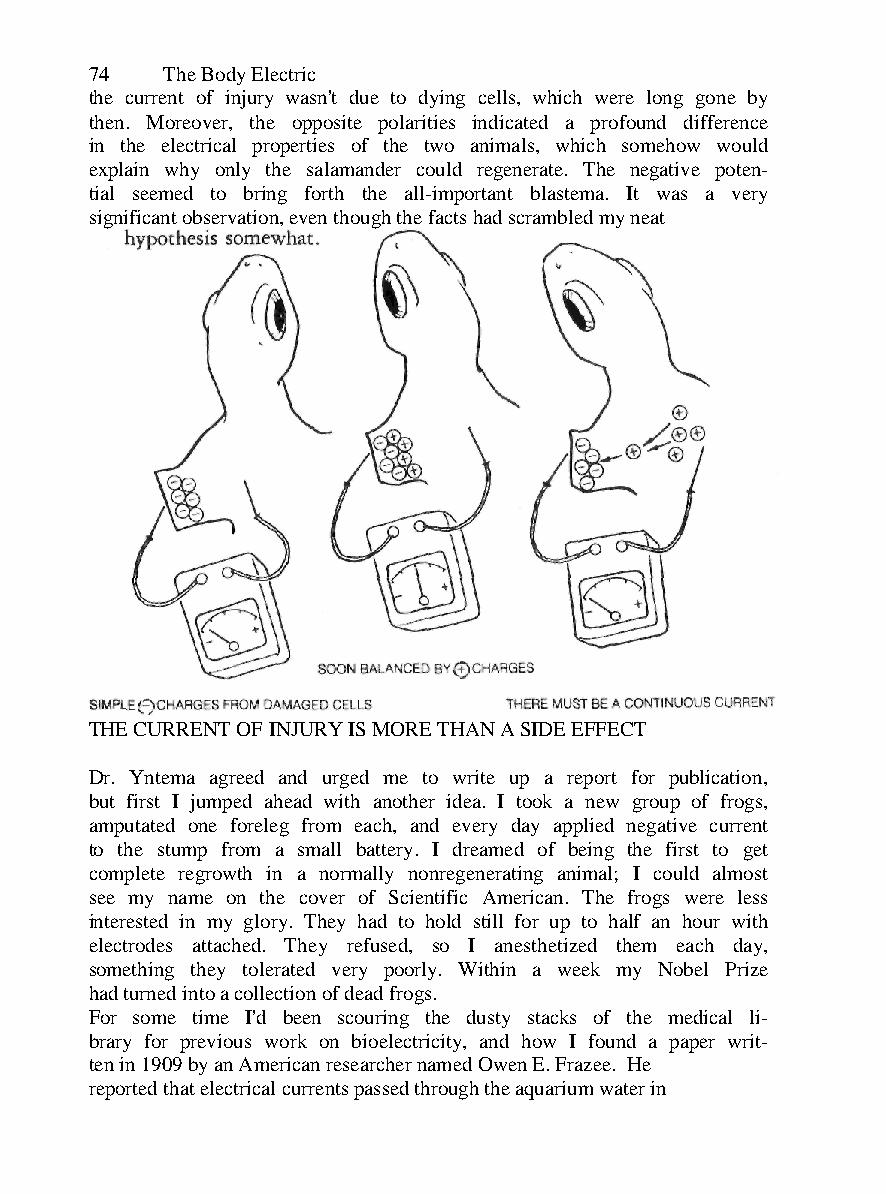
74   The Body Electric
 the current of injury wasn't due to dying cells, which were long gone by
 then. Moreover, the opposite polarities indicated a profound difference
 in the electrical properties of the two animals, which somehow would
 explain why only the salamander could regenerate. The negative poten-
 tial seemed to bring forth the all-important blastema. It was a very
 significant observation, even though the facts had scrambled my neat
 THE CURRENT OF INJURY IS MORE THAN A SIDE EFFECT
 Dr. Yntema agreed and urged me to write up a report for publication,
 but first I jumped ahead with another idea. I took a new group of frogs,
 amputated one foreleg from each, and every day applied negative current
 to the stump from a small battery. I dreamed of being the first to get
 complete regrowth in a normally nonregenerating animal; I could almost
 see my name on the cover of Scientific American. The frogs were less
 interested in my glory. They had to hold still for up to half an hour with
 electrodes attached. They refused, so I anesthetized them each day,
 something they tolerated very poorly. Within a week my Nobel Prize
 had turned into a collection of dead frogs.
 For some time I'd been scouring the dusty stacks of the medical li-
 brary for previous work on bioelectricity, and how I found a paper writ-
 ten in 1909 by an American researcher named Owen E. Frazee. He
 reported that electrical currents passed through the aquarium water in